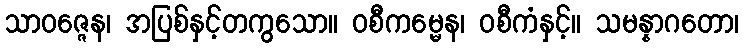
သာဝဇ္ဇေန၊ အပြစ်နှင့်တကွသော။ ဝစီကမ္မေန၊ ဝစီကံနှင့်။ သမန္နာဂတော၊